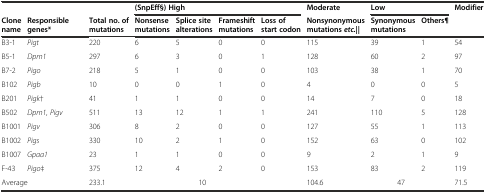
|  |  |  | <COLSPAN=4> (SnpEff§) High | Moderate | <COLSPAN=2> Low | Modifier |
 | Clone name | Responsible genes* | Total no. of mutations | Nonsense mutations | Splice site alterations | Frameshift mutations | Loss of start codon | Nonsynonymous mutationsetc.|| | Synonymous mutations | Others¶ |  |
 | --- | --- | --- | --- | --- | --- | --- | --- | --- | --- | --- |
 | B3-1 | Pigt | 220 | 6 | 5 | 0 | 0 | 115 | 39 | 1 | 54 |
 | B5-1 | Dpm1 | 297 | 6 | 3 | 0 | 1 | 128 | 60 | 2 | 97 |
 | B7-2 | Pigo | 218 | 5 | 1 | 0 | 0 | 103 | 38 | 1 | 70 |
 | B102 | Pigb | 10 | 0 | 0 | 1 | 0 | 4 | 0 | 0 | 5 |
 | B201 | Pigk† | 41 | 1 | 1 | 0 | 0 | 14 | 7 | 0 | 18 |
 | B502 | Dpm1, Pigv | 511 | 13 | 12 | 1 | 1 | 241 | 110 | 5 | 128 |
 | B1001 | Pigv | 306 | 8 | 2 | 0 | 0 | 127 | 55 | 1 | 113 |
 | B1002 | Pigs | 330 | 10 | 2 | 1 | 0 | 152 | 63 | 0 | 102 |
 | B1007 | Gpaa1 | 23 | 1 | 1 | 0 | 0 | 9 | 2 | 1 | 9 |
 | F-43 | Pigo‡ | 375 | 12 | 4 | 2 | 0 | 153 | 83 | 2 | 119 |
 | <COLSPAN=2> Average | 233.1 | <COLSPAN=4> 10 | 104.6 | <COLSPAN=2> 47 | 71.5 |